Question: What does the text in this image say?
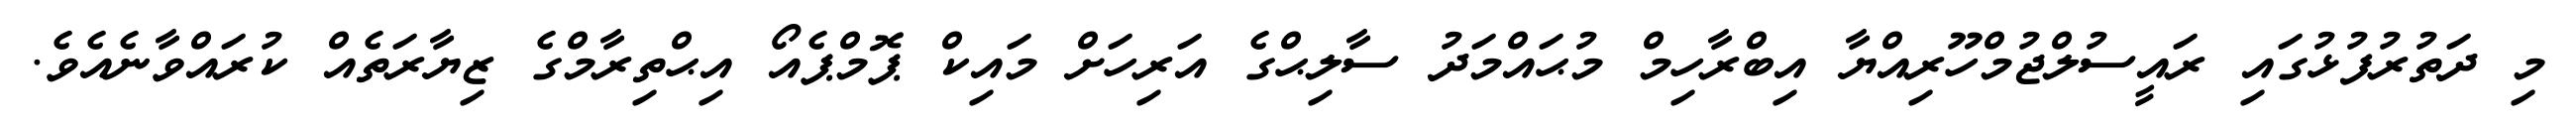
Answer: މި ދަތުރުފުޅުގައި ރައީސުލްޖުމްހޫރިއްޔާ އިބްރާހިމް މުޙައްމަދު ސާލިޙްގެ އަރިހަށް މައިކް ޕޮމްޕެއޯ އިޙްތިރާމްގެ ޒިޔާރަތެއް ކުރައްވާނެއެވެ.